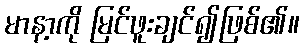
မာနာ့ကို မြင်ဖူးချင်၍ဖြစ်၏။